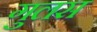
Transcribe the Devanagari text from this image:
गुलस